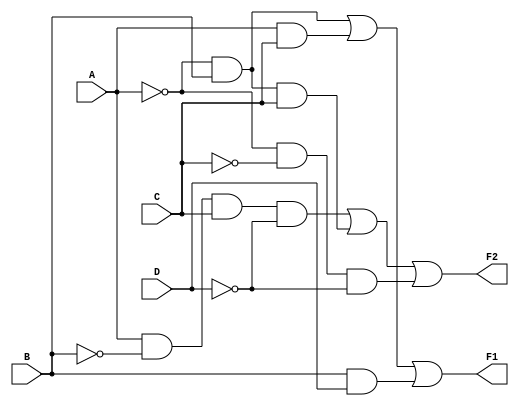
module combinational_logic (
    input wire A,
    input wire B,
    input wire C,
    input wire D,
    output wire F1,
    output wire F2
);

// Intermediate signals for F1 and F2
wire not_A, not_B, not_C, not_D;
wire ab, ac, ad, bc, bd, cd;

// Inverting inputs
not U1(not_A, A);
not U2(not_B, B);
not U3(not_C, C);
not U4(not_D, D);

// Logic for F1 (Example: F1 = A'B + AC + BD)
assign F1 = (not_A & B) | (A & C) | (B & D);

// Logic for F2 (Example: F2 = AB'CD' + A'BC + A'C'D)
assign F2 = (A & not_B & C & not_D) | (not_A & B & C) | (not_A & not_C & not_D);

// Uncomment the following lines to include additional gates if needed
// assign F1 = (A & B) | (C & not_D); // Another example for F1
// assign F2 = (A & not_B & C) | (B & C & D); // Another example for F2

endmodule